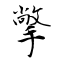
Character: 撆